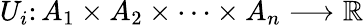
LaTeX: U_{i}\colon A_{1}\times A_{2}\times\cdots\times A_{n}\longrightarrow\mathbb{R}